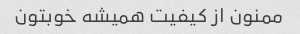
ممنون از کیفیت همیشه خوبتون